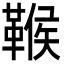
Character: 𩋴